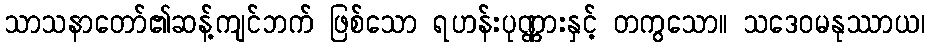
သာသနာတော်၏ဆန့်ကျင်ဘက် ဖြစ်သော ရဟန်းပုဏ္ဏားနှင့် တကွသော။ သဒေဝမနုဿာယ၊